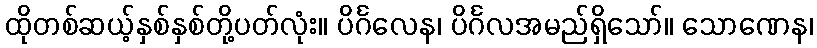
ထိုတစ်ဆယ့်နှစ်နှစ်တို့ပတ်လုံး။ ပိင်္ဂလေန၊ ပိင်္ဂလအမည်ရှိသော်။ သောဏေန၊